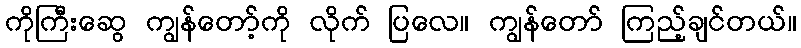
ကိုကြီးဆွေ ကျွန်တော့်ကို လိုက် ပြလေ။ ကျွန်တော် ကြည့်ချင်တယ်။